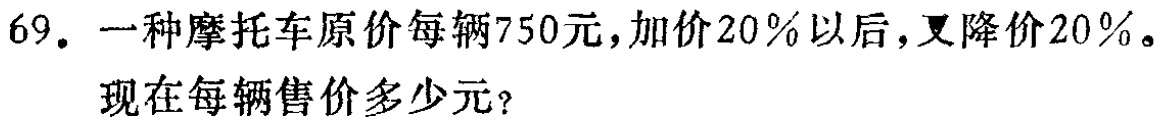
69. 一种摩托车原价每辆750元，加价20%以后，又降价20%。

现在每辆售价多少元？